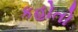
કહોતો